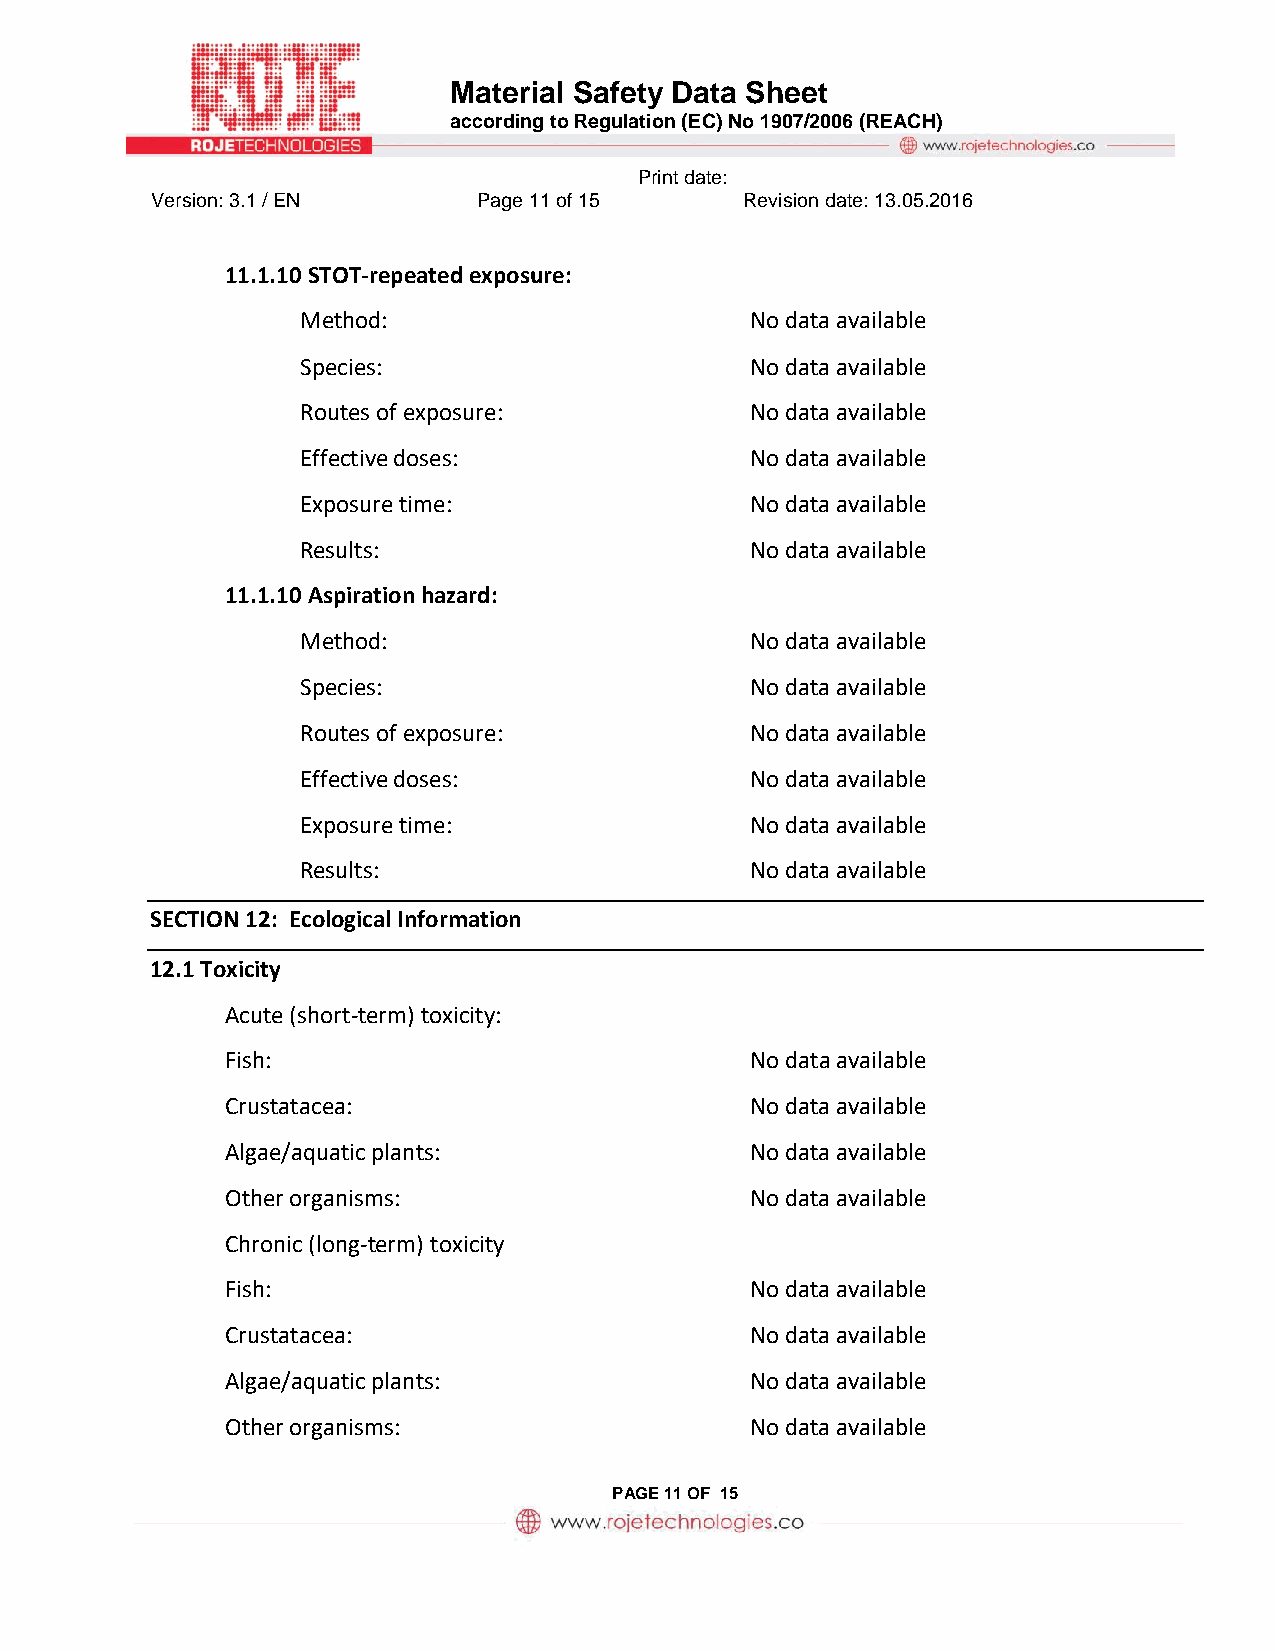
Material Safety Data Sheet
 according to Regulation (EC) No 1907/2006 (REACH)
 Print date:
 Version: 3.1 / EN     Page 11 of 15    Revision date: 13.05.2016
 11.1.10 STOT-repeated exposure:
 Method:                       No data available
 Species:                      No data available
 Routes of exposure:           No data available
 Effective doses:              No data available
 Exposure time:                No data available
 Results:                      No data available
 11.1.10 Aspiration hazard:
 Method:                       No data available
 Species:                      No data available
 Routes of exposure:           No data available
 Effective doses:              No data available
 Exposure time:                No data available
 Results:                      No data available
 SECTION 12: Ecological Information
 12.1 Toxicity
 Acute (short-term) toxicity:
 Fish:                              No data available
 Crustatacea:                       No data available
 Algae/aquatic plants:              No data available
 Other organisms:                   No data available
 Chronic (long-term) toxicity
 Fish:                              No data available
 Crustatacea:                       No data available
 Algae/aquatic plants:              No data available
 Other organisms:                   No data available
 PAGE 11 OF 15